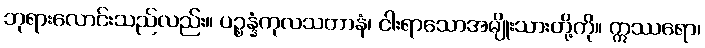
ဘုရားလောင်းသည်လည်း။ ပဉ္စန္နံကုလသတာနံ၊ ငါးရာသောအမျိုးသားတို့ကို။ ဣဿရော၊